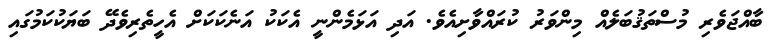
ބާއްޖަވެރި މުސްތަޤުބަލެއް މިންވަރު ކުރައްވާށިއެވެ. އަދި އަޅަމެންނީ އެކަކު އަނެކަކަށް އެހީތެރިވެދޭ ބަޔަކުކަމުގައި